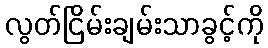
လွတ်ငြိမ်းချမ်းသာခွင့်ကို